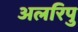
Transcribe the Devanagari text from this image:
अलरिपु